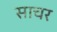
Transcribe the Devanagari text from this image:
साचर